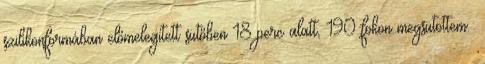
szilikonformában előmelegített sütőben 18 perc alatt, 190 fokon megsütöttem.: